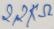
Text: 2,2